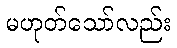
မဟုတ်သော်လည်း